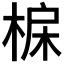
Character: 𣓅